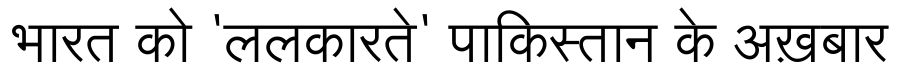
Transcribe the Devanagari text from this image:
भारत को 'ललकारते' पाकिस्तान के अख़बार